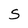
Character: S